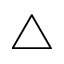
\bigtriangleup